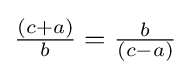
{\tfrac {(c+a)}{b}}={\tfrac {b}{(c-a)}}